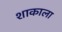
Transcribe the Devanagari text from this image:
शाकाला